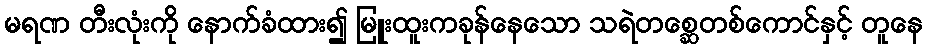
မရဏ တီးလုံးကို နောက်ခံထား၍ မြူးထူးကခုန်နေသော သရဲတစ္ဆေတစ်ကောင်နှင့် တူနေ